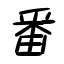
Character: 番